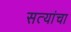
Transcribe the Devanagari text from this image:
सत्यांचा